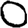
Digit: 0